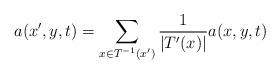
LaTeX: \begin{align*} a(x',y,t)=\sum_{x\in T^{-1}(x')} \frac{1}{|T'(x)|}a(x,y,t)\end{align*}